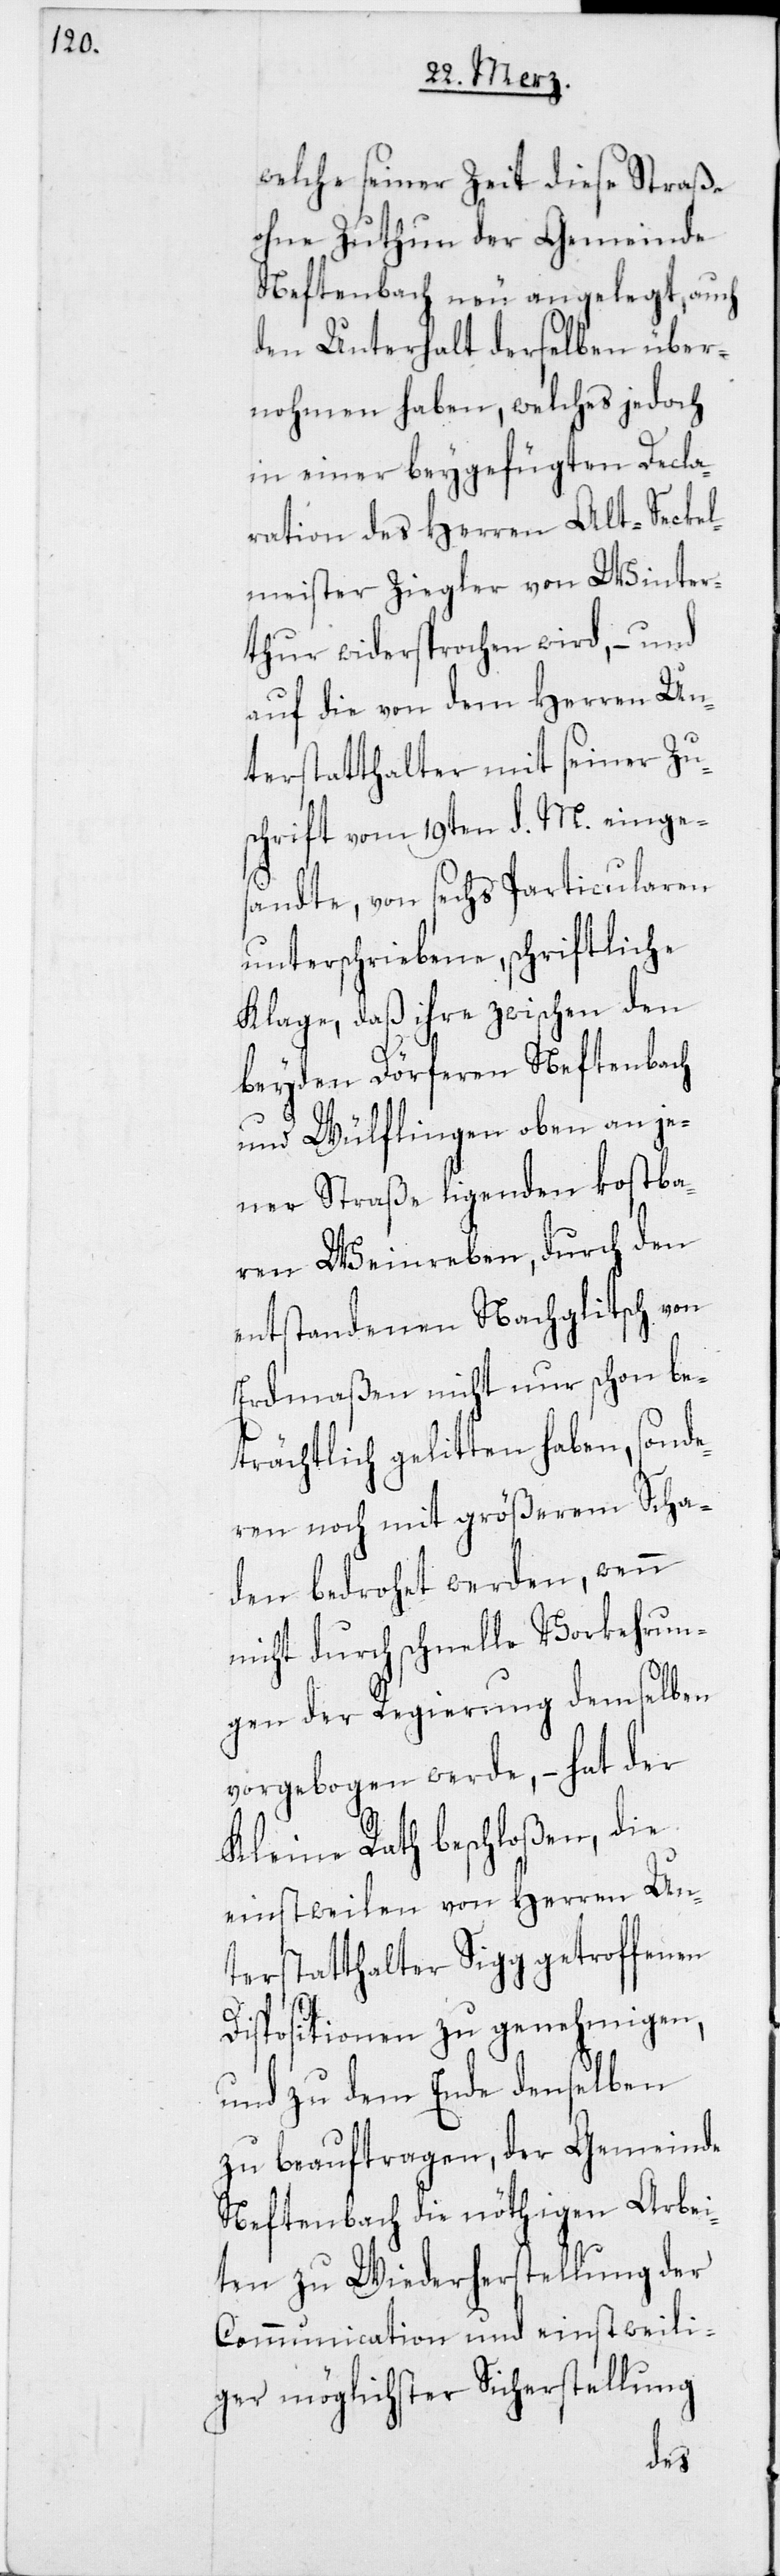
welche seiner Zeit diese Straße
ohne Zuthun der Gemeinde
Neftenbach neu angelegt, auch
den Unterhalt derselben über¬
nohmen haben, welches jedoch
in einer beygefügten Decla¬
ration des Herren Alt-Seckel¬
meister Ziegler von Winter¬
thur widersprochen wird, – und
auf die von dem Herren Un¬
terstatthalter mit seiner Zu¬
schrift vom 19ten d. M. einge¬
sandte, von sechs Particularen
unterschriebene, schriftliche
Klage, daß ihre zwischen den
beyden Dörferen Neftenbach
und Wülflingen oben an je¬
ner Straße ligenden kostba¬
ren Weinreben, durch den
entstandenen Nachglitsch von
Erdmaßen nicht nur schon be¬
trächtlich gelitten haben, sonde¬
ren noch mit größerem Scha¬
den bedrohet werden, wenn
nicht durch schnelle Vorkehrun¬
gen der Regierung demselben
vorgebogen werde, – hat der
Kleine Rath beschloßen, die
einstweilen von Herren Un¬
terstatthalter Sigg getroffenen
Dispositionen zu genehmigen,
und zu dem Ende denselben
zu beauftragen, der Gemeinde
Neftenbach die nöthigen Arbei¬
ten zu Wiederherstellung der
Communication und einstweili¬
ger möglichster Sicherstellung